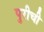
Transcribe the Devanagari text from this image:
पुरीची